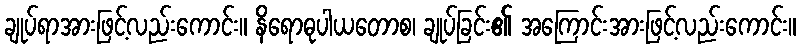
ချုပ်ရာအားဖြင့်လည်းကောင်း။ နိရောဓုပါယတောစ၊ ချုပ်ခြင်း၏ အကြောင်းအားဖြင့်လည်းကောင်း။